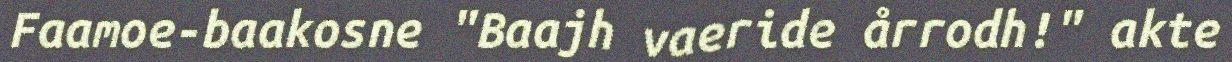
Faamoe-baakosne "Baajh vaeride årrodh!" akte